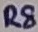
Text: R8